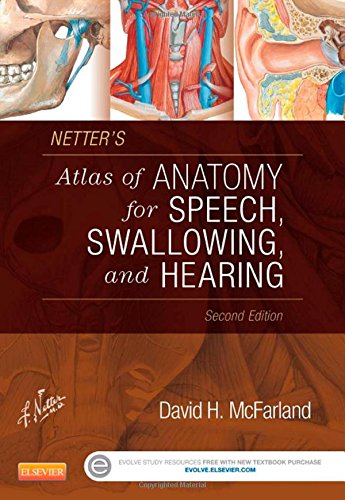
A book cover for Netter's Atlas of Anatomy for Speech, Swallowing, and Hearing, 2e; David H. McFarland; Medical Books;